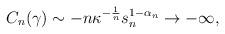
LaTeX: \begin{align*}C_{n}(\gamma) \sim -n \kappa^{-\frac{1}{n}} s_{n}^{1-\alpha_{n}} \rightarrow -\infty,\end{align*}